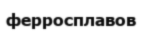
ферросплавов